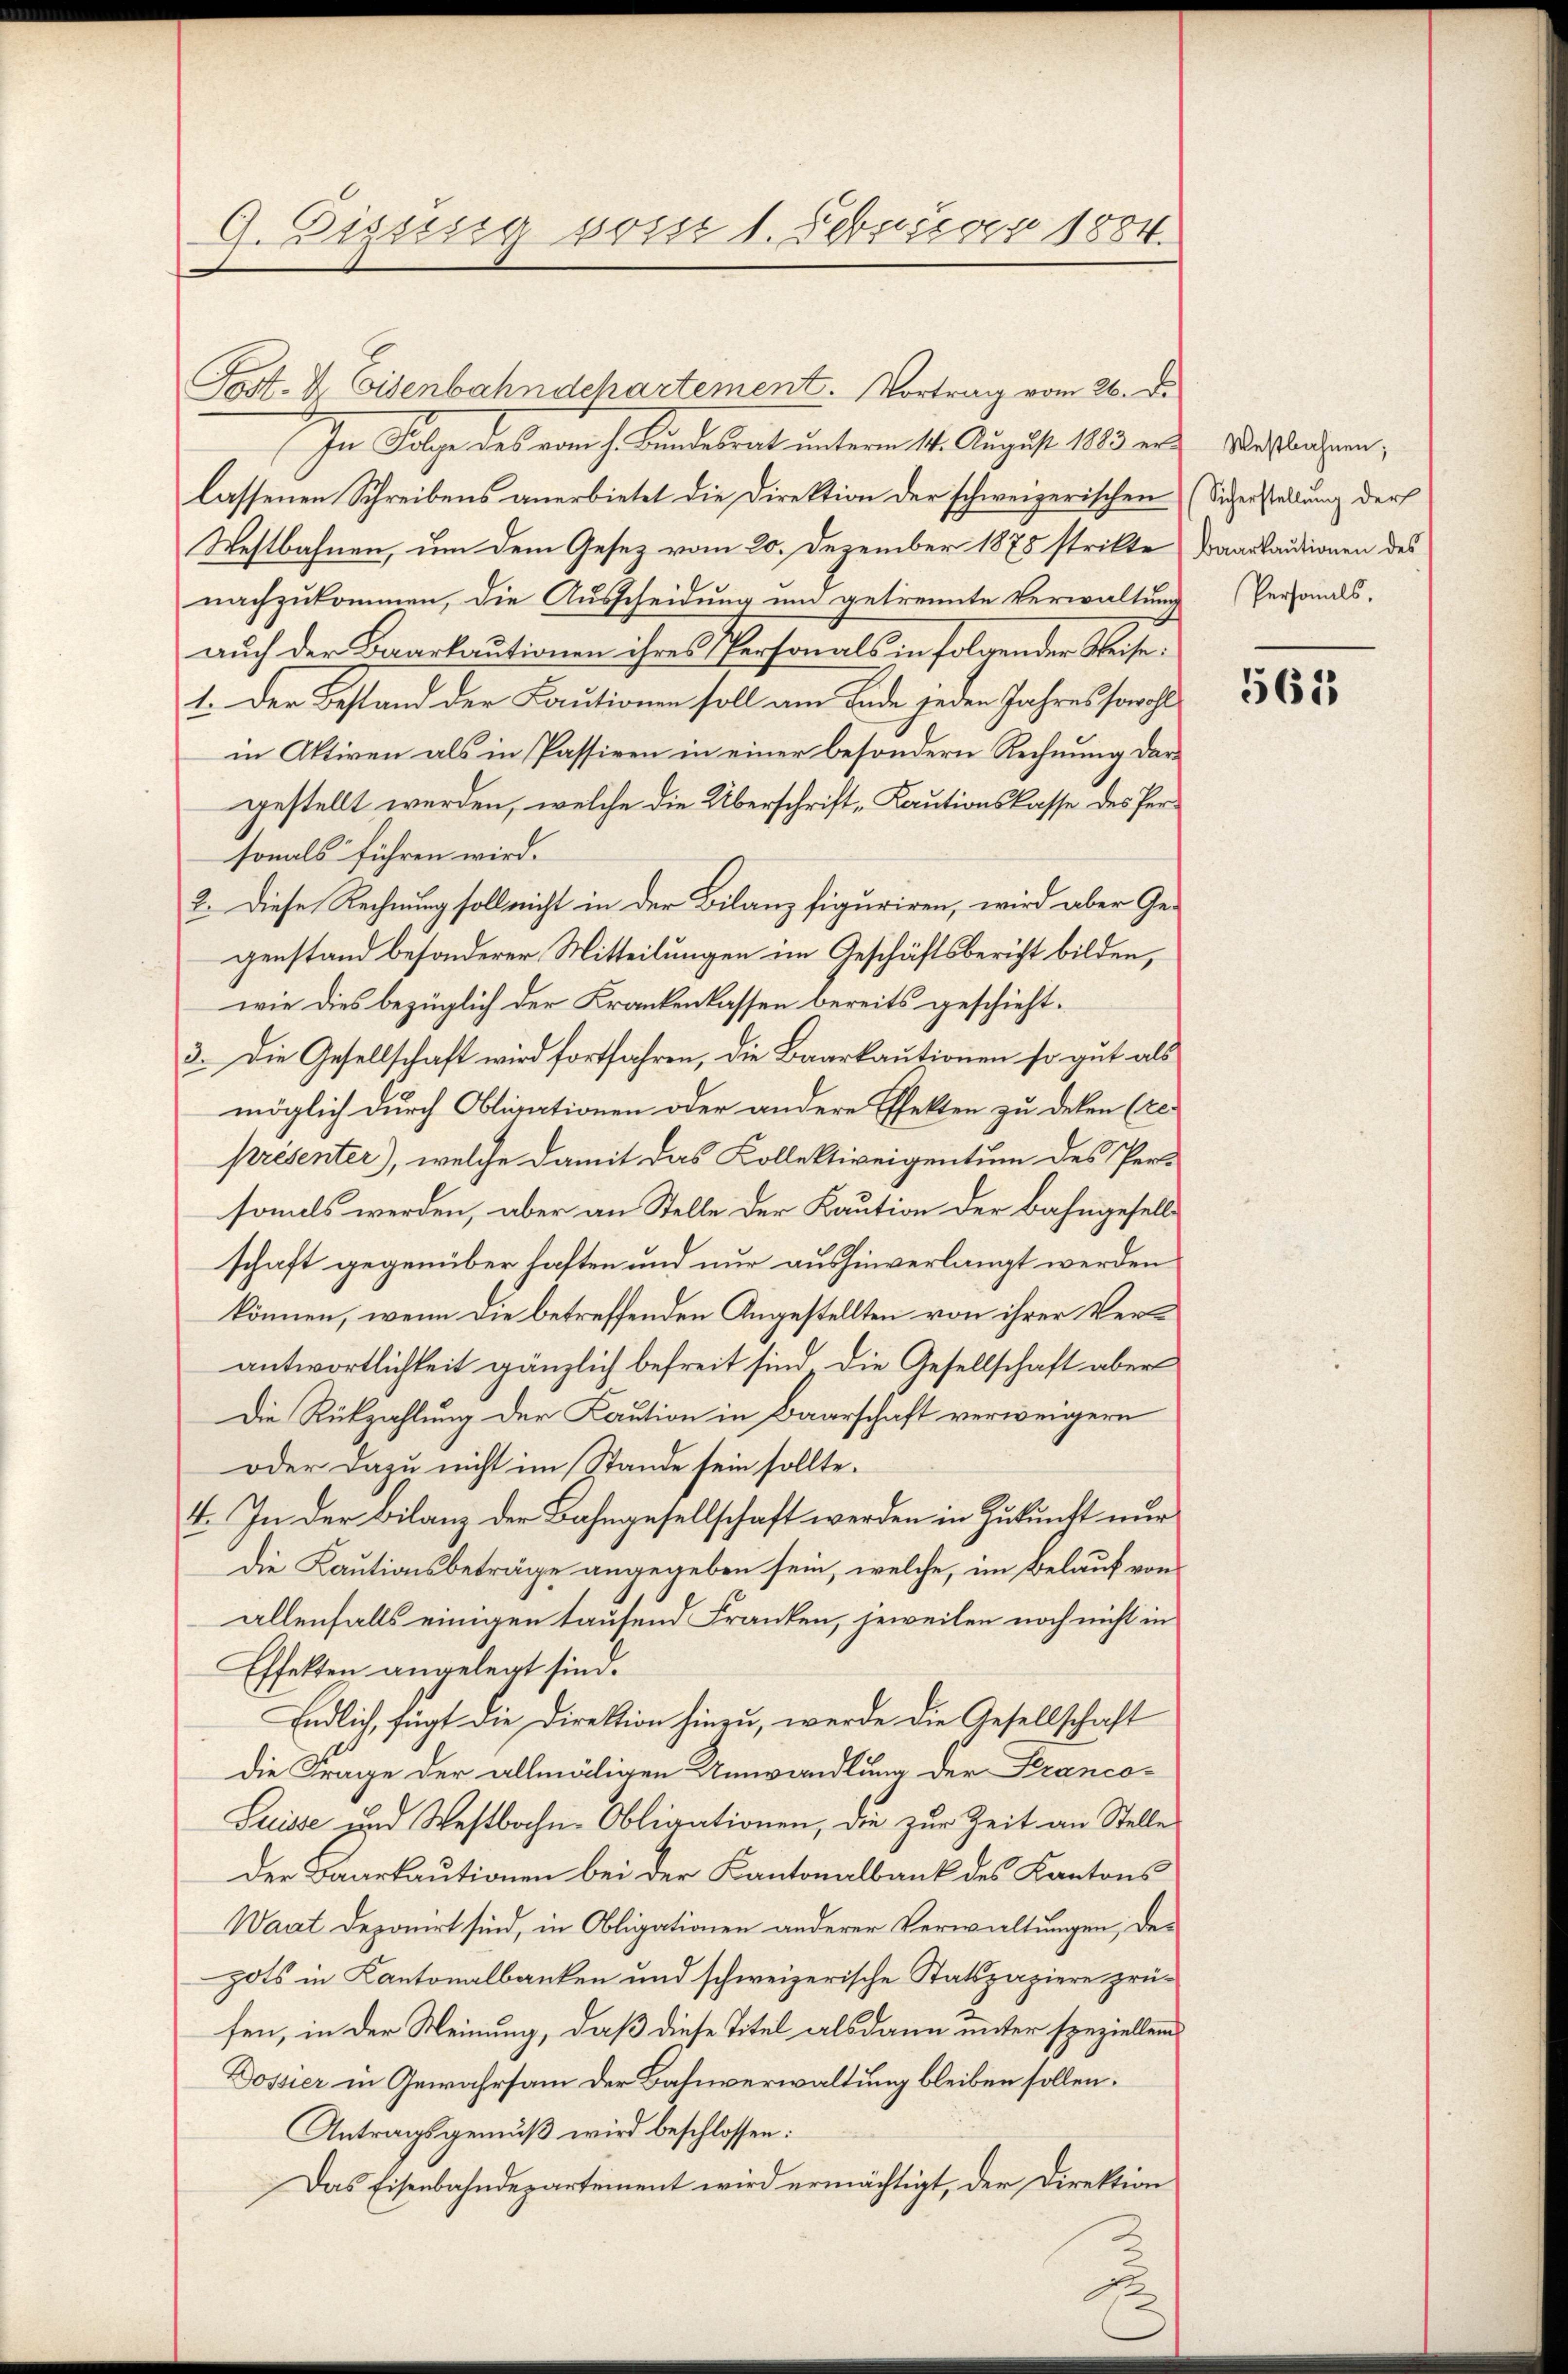
9. Zizeisig posse 1. Febuar 1884.

Post- & Eisenbahndchartement. Vortrag vom 26. de
In Folge des vom h. Bundesrat unterm 14. August 1883 erlassenen Schreibens anerbietet die Direktion der schweizerischen
Westbahnen, um dem Gesez vom 20. Dezember 1878 strikte Baarkautionen des
nachzukommen, die Ausscheidung und getrennte Verwaltung Personals.
auch der Baarkautionen ihres Personals in folgender Reise.
1. Der Bestand der Cautionen soll am Ende jeden Jahres sowohl
in Aktiven als in Passiven in einer besondern Rechnung dargestellt werden, welche die Überschrift „Kautionskasse des Personals führen wird.
2. Diese Rechnung soll nicht in der Bilanz figuriren, wird aber Ge-
genstand besonderer Mitteilungen im Geschäftsbericht bilden,
wie dies bezüglich der Krankenkassen bereits geschieht.
3. Die Gesellschaft wird fortfahren, die Baarkautionen so gut als
möglich durch Obligationen oder andere Effekten zu deken (re
présenter), welche damit das Kollektiveigentum des Per-
somels werden, aber an Stelle der Kaution der Bahngesells
schaft gegenüber haften und nur aushinverlangt werden
können, wenn die betreffenden Angestellten von ihrer Verantwortlichkeit gänzlich befreit sind die Gesellschaft aber
Die Rückzahlung der Kaution in Baarschaft verweigern
oder dazu nicht im Stande sein sollte.
4. In der Bilanz der Bahngesellschaft werden in Zukunft nur
die Kautionsbeträge angegeben sein, welche, im Belauf von
allenfalls einigen tausend Franken, jeweilen noch nicht in
Effekten angelegt sind.
Endlich, fügt die Direktion hinzu, werde die Gesellschaft
die Frage der allmäligen Umwandlung der Seranco¬
Suisse und Westbahn-Obligationen, die zur Zeit an Stelle
Der Baarkautionen bei der Kantonalbank des Kantons
Waat deponirt sind, in Obligationen anderer Verwaltungen, der
pots in Kantonalbanken und schweizerische Statspapiere prüfen, in der Meinung, daß diese Titel alsdann unter speziellen
Dossier in Gewahrsam der Bahnverwaltung bleiben sollen.
Antragsgemäß wird beschlossen:
Das Eisenbahndepartement wird ermächtigt, der Direktion

Westbahnen;
Sicherstellung der

561